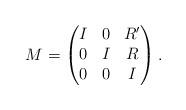
LaTeX: \begin{align*} M = \begin{pmatrix} I & 0 & R' \\ 0 & I & R \\ 0 & 0 & I \end{pmatrix}.\end{align*}